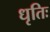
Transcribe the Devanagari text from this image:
धृतिः